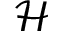
\mathcal { H }